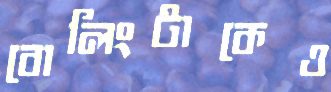
বোলিংটাকেও